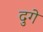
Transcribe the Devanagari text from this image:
दुगे